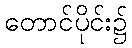
တောင်ပိုင်း၌